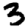
Digit: 3